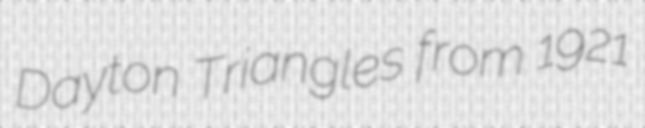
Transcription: Dayton Triangles from 1921